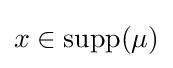
x\in \operatorname {supp} (\mu )